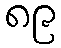
၈၉